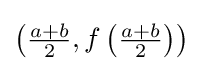
{\textstyle \left({\frac {a+b}{2}},f\left({\frac {a+b}{2}}\right)\right)}